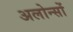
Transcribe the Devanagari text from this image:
अलोन्सों